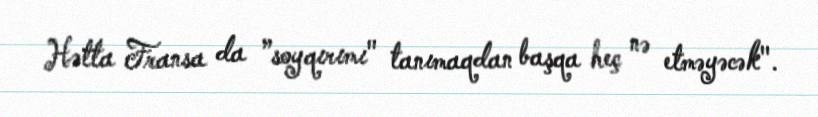
Hətta Fransa da ”soyqırımı" tanımaqdan başqa heç nə etməyəcək".